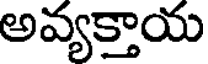
అవ్యక్తాయ